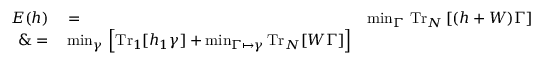
\begin{array} { r l r } { E ( h ) } & { { } = } & { \operatorname* { m i n } _ { \Gamma } \, \mathrm { T r } _ { N } \left[ ( h + W ) \Gamma \right] } \\ { \& = } & { { } \operatorname* { m i n } _ { \gamma } \, \left[ \mathrm { T r } _ { 1 } [ h _ { 1 } \gamma ] + \operatorname* { m i n } _ { \Gamma \mapsto \gamma } \mathrm { T r } _ { N } [ W \Gamma ] \right] } \end{array}